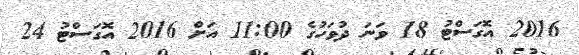
2016 އޮގަސްޓު 18 ވަނަ ދުވަހުގެ 11:00 އަށް 2016 އޮގަސްޓު 24